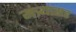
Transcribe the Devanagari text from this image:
मंत्र्यासह